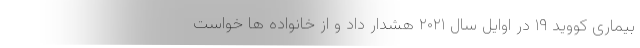
بیماری کووید ۱۹ در اوایل سال ۲۰۲۱ هشدار داد و از خانواده ها خواست